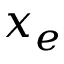
x _ { e }